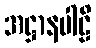
အဋ္ဌာနပါဠိ